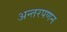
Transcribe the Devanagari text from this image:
अन्तरपणन